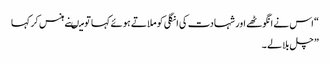
“ اس نے انگوٹھے اور شہادت کی انگلی کو ملاتے ہوئے کہا تو میںنے ہنس کر کہا
” چل بلا لے ۔